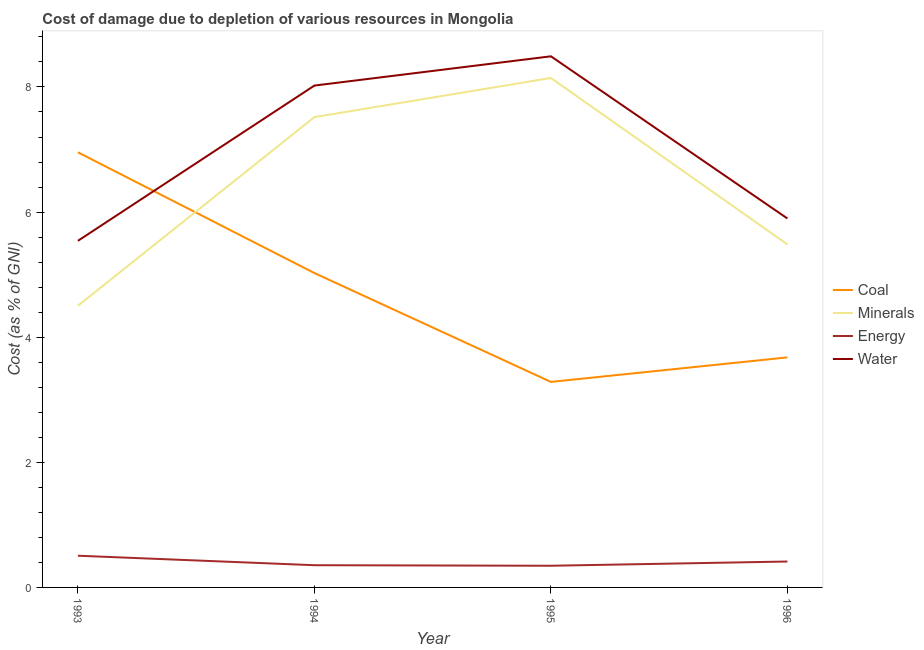
| Year | Coal | Minerals | Energy | Water |
 | --- | --- | --- | --- | --- |
 | 1993 | 6.96 | 4.5 | 0.507 | 5.54 |
 | 1994 | 5.03 | 7.52 | 0.355 | 8.02 |
 | 1995 | 3.29 | 8.14 | 0.347 | 8.49 |
 | 1996 | 3.68 | 5.48 | 0.414 | 5.9 |